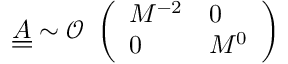
\underline { { \underline { { A } } } } \sim \mathcal { O } \begin{array} { l } { \left( \begin{array} { l l } { M ^ { - 2 } } & { 0 } \\ { 0 } & { M ^ { 0 } } \end{array} \right) } \end{array}